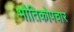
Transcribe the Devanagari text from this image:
भौतिकोपचार